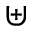
\uplus